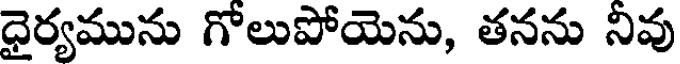
ధైర్యమును గోలుపోయెను, తనను నివు